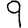
Digit: 9